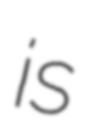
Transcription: is